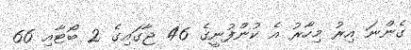
ގެންނަ އިރު މިހާރު އެ ކުންފުނީގެ 46 ޖާގައިގެ 2 ބޯޓާއި 66